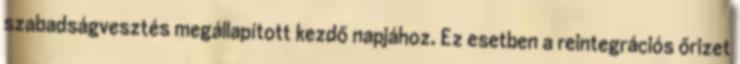
szabadságvesztés megállapított kezdő napjához. Ez esetben a reintegrációs őrizet